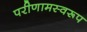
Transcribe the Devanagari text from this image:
परीणामस्वरूप